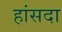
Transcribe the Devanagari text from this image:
हांसदा